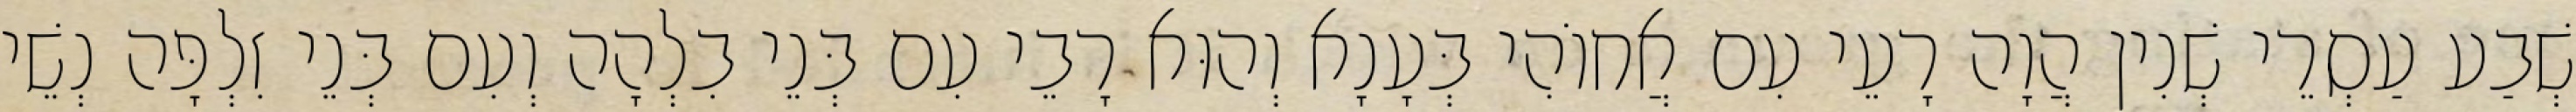
שְׁבַע עַסְרֵי שְׁנִין הֲוָה רָעֵי עִם אֲחוֹהִי בְּעָנָא וְהוּא רָבֵי עִם בְּנֵי בִלְהָה וְעִם בְּנֵי זִלְפָּה נְשֵׁי